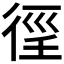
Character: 𢔉